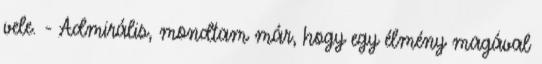
vele. - Admirális, mondtam már, hogy egy élmény magával